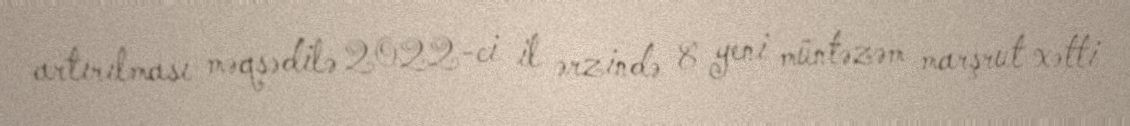
artırılması məqsədilə 2022-ci il ərzində 8 yeni müntəzəm marşrut xətti